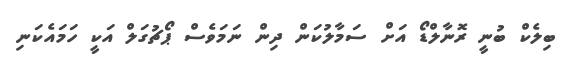
ބިލެކް ބުނީ ރޮނާލްޑޯ އަށް ސަމާލުކަން ދިން ނަމަވެސް ޕޯޗުގަލް އަކީ ހަމައެކަނި